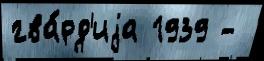
гва́рд'иjа 1939 -